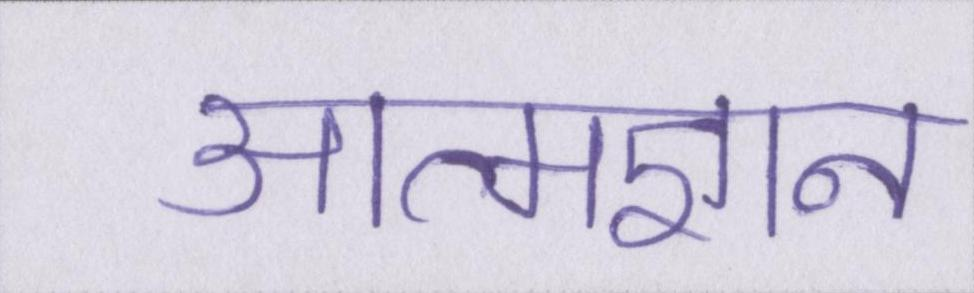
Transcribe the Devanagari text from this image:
आत्मज्ञान